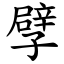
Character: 孹